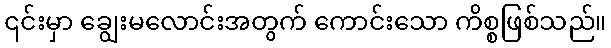
၎င်းမှာ ချွေးမလောင်းအတွက် ကောင်းသော ကိစ္စဖြစ်သည်။